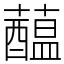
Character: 𧂯